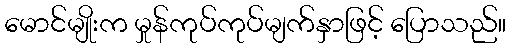
မောင်မျိုးက မှုန်ကုပ်ကုပ်မျက်နှာဖြင့် ပြောသည်။